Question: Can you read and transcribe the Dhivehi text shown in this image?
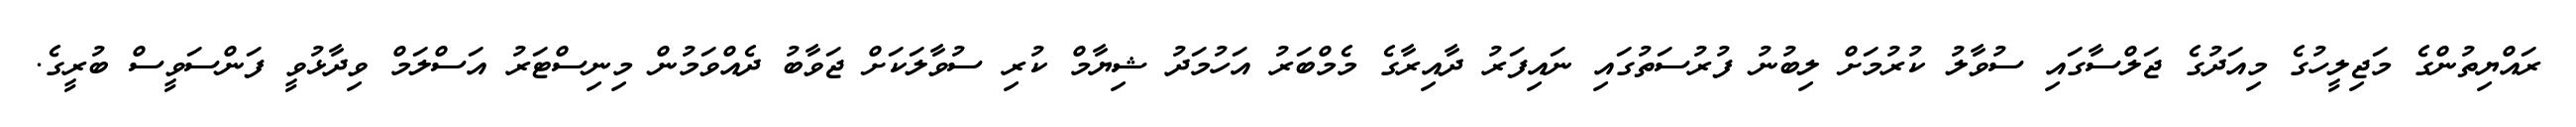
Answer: ރައްޔިތުންގެ މަޖިލީހުގެ މިއަދުގެ ޖަލްސާގައި ސުވާލު ކުރުމަށް ލިބުނު ފުރުސަތުގައި ނައިފަރު ދާއިރާގެ މެމްބަރު އަހުމަދު ޝިޔާމް ކުރި ސުވާލަކަށް ޖަވާބު ދެއްވަމުން މިނިސްޓަރު އަސްލަމް ވިދާޅުވީ ފަންސަވީސް ބުރީގެ.